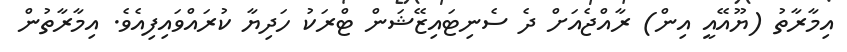
އިމާރާތު (ޔޫއޭއީ އިން) ރާއްޖެއަށް ދެ ސެނިޓައިޒޭޝަން ޓްރަކު ހަދިޔާ ކުރައްވައިފިއެވެ. އިމާރާތުން